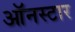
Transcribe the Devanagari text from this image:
ऑनस्टार